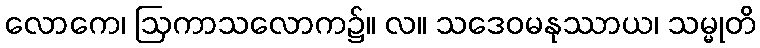
လောကေ၊ ဩကာသလောက၌။ လ။ သဒေဝမနုဿာယ၊ သမ္မုတိ